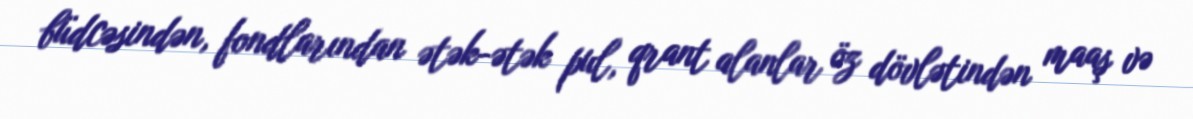
büdcəsindən, fondlarından ətək-ətək pul, qrant alanlar öz dövlətindən maaş və